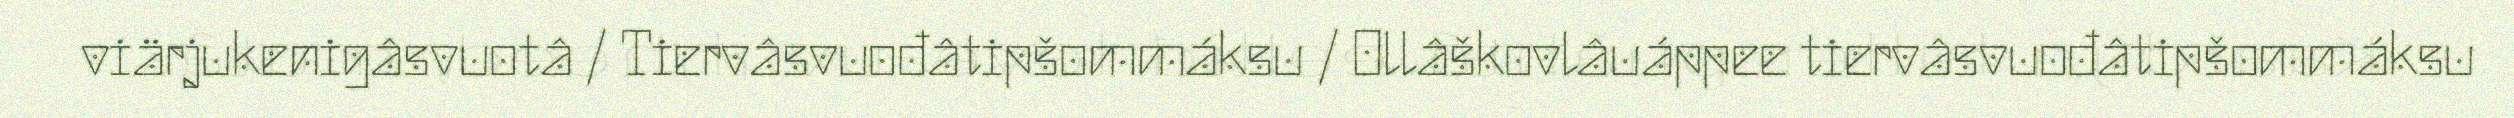
viärjukenigâsvuotâ / Tiervâsvuođâtipšommáksu / Ollâškovlâuáppee tiervâsvuođâtipšommáksu